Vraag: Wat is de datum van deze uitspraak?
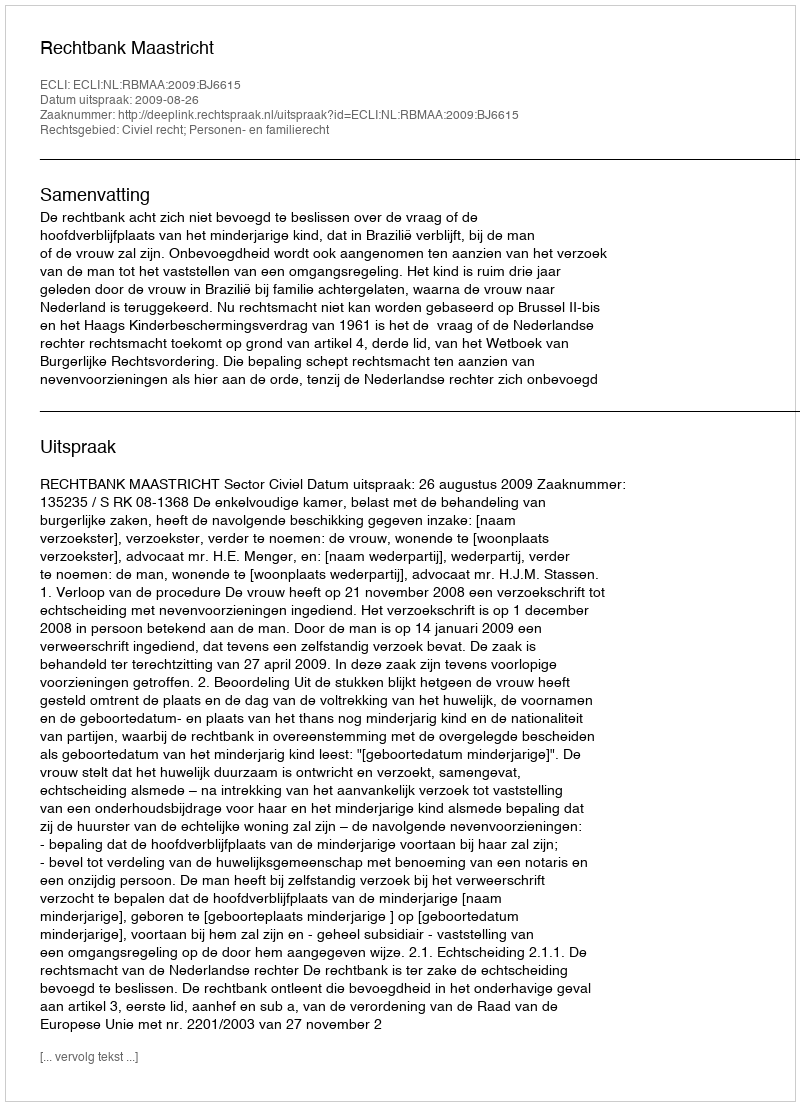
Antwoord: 2009-08-26